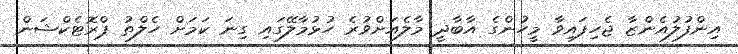
އިންފުލުއެންޒާ ޖެހިފައިވާ މީހުންގެ އާބާދީ މާލެއަށްވުރެ ހުޅުމާލޭގައި ގިނަ ކަމަށް ހެލްތު ޕްރޮޓެކްޝަން